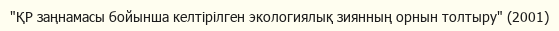
"ҚР заңнамасы бойынша келтірілген экологиялық зиянның орнын толтыру" (2001)